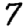
Digit: 7